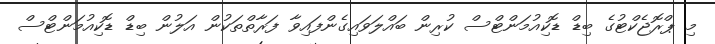
މި ޕްރޮޖެކްޓުގެ ބިޑް ޑޮކިއުމަންޓްސް ކުރިން ބައްލަވައިގެންފައިވާ ފަރާތްތަކުން އަލުން ބިޑް ޑޮކިއުމަންޓްސް